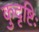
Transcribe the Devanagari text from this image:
कुदृष्टिः